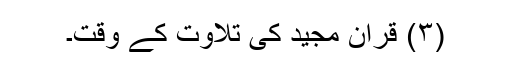
(۳) قرآن مجید کی تلاوت کے وقت۔